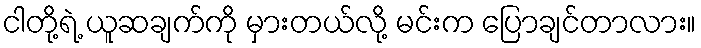
ငါတို့ရဲ့ ယူဆချက်ကို မှားတယ်လို့ မင်းက ပြောချင်တာလား။